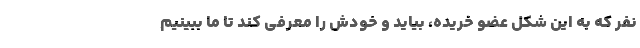
نفر که به این شکل عضو خریده، بیاید و خودش را معرفی کند تا ما ببینیم